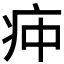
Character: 𰣣